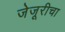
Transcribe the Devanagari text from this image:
जेजूरीचा